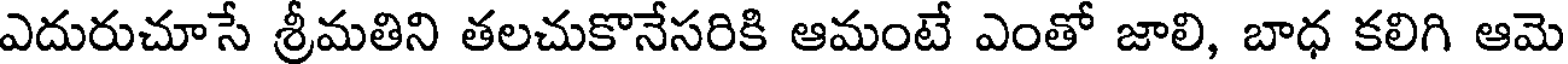
ఎదురుచూసే శ్రీమతిని తలచుకొనేసరికి ఆమంటే ఎంతో జాలి, బాధ కలిగి ఆమె